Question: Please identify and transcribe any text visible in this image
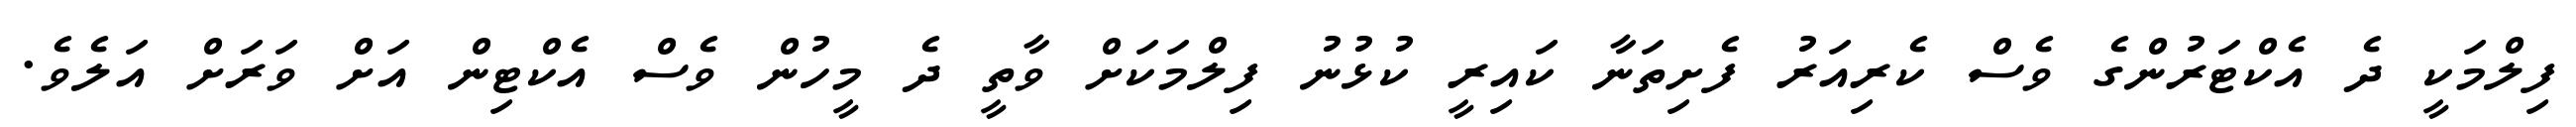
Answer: ފިލްމަކީ ދެ އެކްޓަރުންގެ ވެސް ކެރިއަރު ފެށިތަނާ ކައިރީ ކުޅުނު ފިލްމަކަށް ވާތީ ދެ މީހުން ވެސް އެކްޓިން އަށް ވަރަށް އަލެވެ.